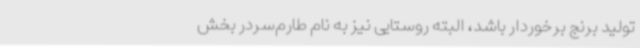
تولید برنج برخوردار باشد، البته روستایی نیز به نام طارم‌سردر بخش